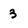
Character: 3